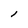
Character: 1